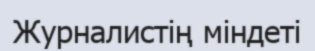
Журналистің міндеті